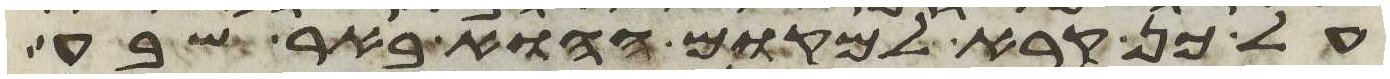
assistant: על כן קרא למקום ההוא באר שבע